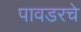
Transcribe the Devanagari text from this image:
पावडरचे